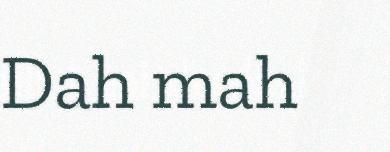
Dah mah